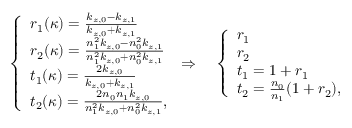
\left\{ \begin{array} { l l } { r _ { 1 } ( \kappa ) = \frac { k _ { z , 0 } - k _ { z , 1 } } { k _ { z , 0 } + k _ { z , 1 } } } \\ { r _ { 2 } ( \kappa ) = \frac { n _ { 1 } ^ { 2 } k _ { z , 0 } - n _ { 0 } ^ { 2 } k _ { z , 1 } } { n _ { 1 } ^ { 2 } k _ { z , 0 } + n _ { 0 } ^ { 2 } k _ { z , 1 } } } \\ { t _ { 1 } ( \kappa ) = \frac { 2 k _ { z , 0 } } { k _ { z , 0 } + k _ { z , 1 } } } \\ { t _ { 2 } ( \kappa ) = \frac { 2 n _ { 0 } n _ { 1 } k _ { z , 0 } } { n _ { 1 } ^ { 2 } k _ { z , 0 } + n _ { 0 } ^ { 2 } k _ { z , 1 } } , } \end{array} \right. \Rightarrow \quad \left\{ \begin{array} { l l } { r _ { 1 } } \\ { r _ { 2 } } \\ { t _ { 1 } = 1 + r _ { 1 } } \\ { t _ { 2 } = \frac { n _ { 0 } } { n _ { 1 } } ( 1 + r _ { 2 } ) , } \end{array} \right.